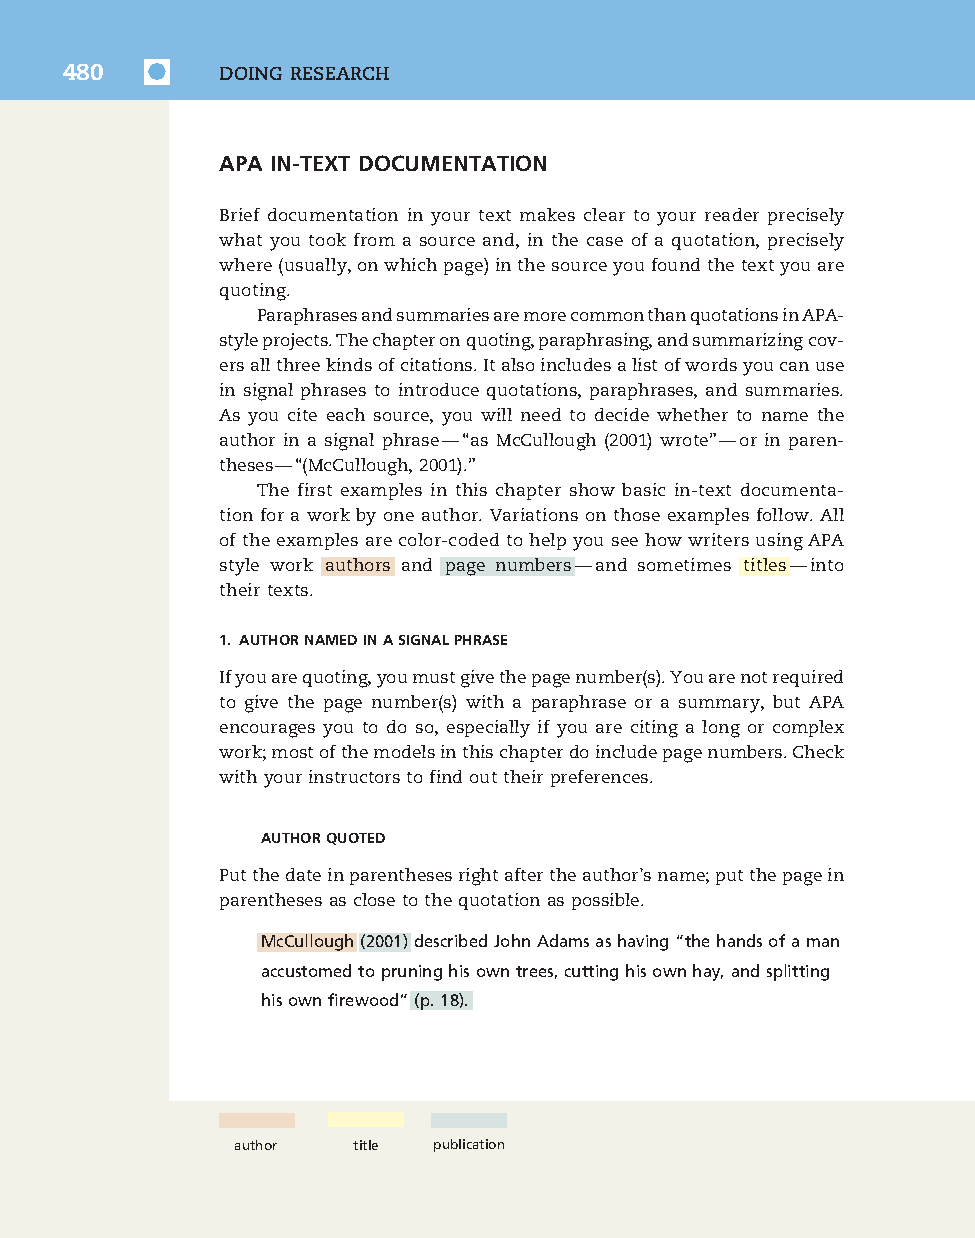
7830_50_p477-520_Q4-7:7830_50_p477-520_Q4-7 10/16/09 3:34 PM Page 480
 480        DOING RESEARCH
 APA IN-TEXT DOCUMENTATION
 Brief documentation in your text makes clear to your reader precisely
 what you took from a source and, in the case of a quotation, precisely
 where(usually,onwhichpage)inthesourceyoufoundthetextyouare
 quoting.
 ParaphrasesandsummariesaremorecommonthanquotationsinAPA-
 styleprojects.Thechapteronquoting,paraphrasing,andsummarizingcov-
 ersallthreekindsofcitations.Italsoincludesalistofwordsyoucanuse
 in signal phrases to introduce quotations, paraphrases, and summaries.
 As you cite each source, you will need to decide whether to name the
 author in a signal phrase—“as McCullough (2001) wrote”—or in paren-
 theses—“(McCullough,2001).”
 The first examples in this chapter show basic in-text documenta-
 tion for a work by one author. Variations on those examples follow. All
 oftheexamplesarecolor-codedtohelpyouseehowwritersusingAPA
 style work authors and page numbers—and sometimes titles—into
 their texts.
 1. AUTHORNAMEDINASIGNALPHRASE
 Ifyouarequoting,youmustgivethepagenumber(s).Youarenotrequired
 to give the page number(s) with a paraphrase or a summary, but APA
 encourages you to do so, especially if you are citing a long or complex
 work;mostofthemodelsinthischapterdoincludepagenumbers.Check
 withyourinstructorstofindouttheirpreferences.
 AUTHORQUOTED
 Putthedateinparenthesesrightaftertheauthor’sname;putthepagein
 parenthesesasclosetothequotationaspossible.
 McCullough(2001)describedJohnAdamsashaving“thehandsofaman
 accustomedtopruninghisowntrees,cuttinghisownhay,andsplitting
 hisownfirewood”(p.18).
 author  title publication